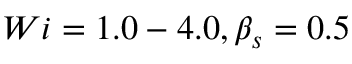
W i = 1 . 0 - 4 . 0 , \beta _ { s } = 0 . 5